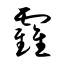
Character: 靃